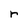
Character: r